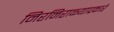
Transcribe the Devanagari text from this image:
निरनिराळ्याप्रकारे